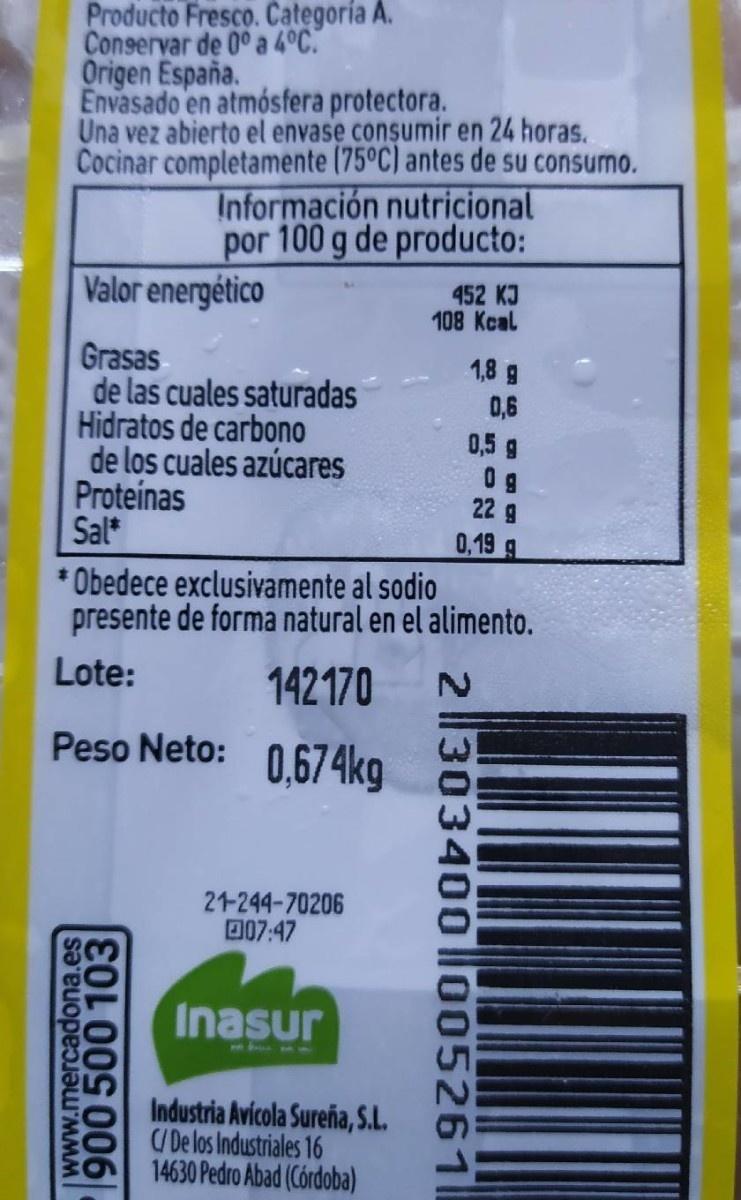
Producto Fresco. Categoría A. Conservar de 0° a 4°C. Origen España. Envasado en atmósfera protectora. Una vez abierto el envase consumir en 24 horas. Cocinar completamente (75°C) antes de su consumo.
Información nutricional por 100 g de producto:
Valor energético
452 KJ 108 Kcal
Grasas de las cuales saturadas Hidratos de carbono de los cuales azúcares Proteínas Sal*
1,8 g 0,6 0,5 g 0 g 22 g 0,19 g
* Obedece exclusivamente al sodio presente de forma natural en el alimento.
Lote:
142170
Peso Neto: 0.674kg
21-244-70206 007:47
Inasur
144313
Industria Avícola Sureña, S.L. / De los Industriales 16 14630 Pedro Abad (Córdoba)
www.mercadona.es 900 500 103
2 ||30340o llo05261